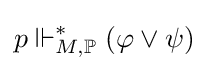
p\Vdash _{M,\mathbb {P} }^{*}(\varphi \vee \psi )